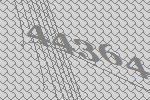
44364